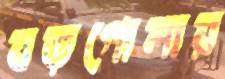
বড়গোলায়